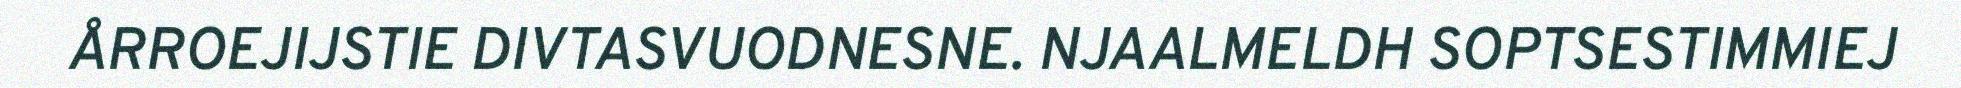
ÅRROEJIJSTIE DIVTASVUODNESNE. NJAALMELDH SOPTSESTIMMIEJ